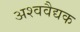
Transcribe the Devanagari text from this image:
अश्ववैद्यक